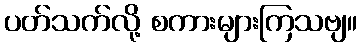
ပတ်သက်လို့ စကားများကြသဗျ။